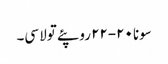
سونا ٢٠-٢٢ روپئے تولا سی۔